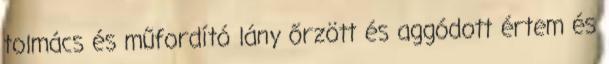
tolmács és műfordító lány őrzött és aggódott értem és